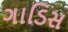
ગાડિસ